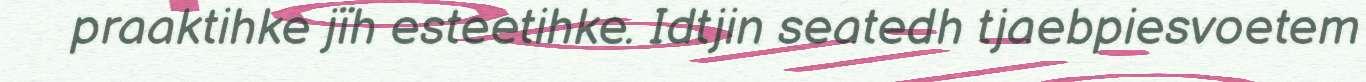
praaktihke jïh esteetihke. Idtjin seatedh tjaebpiesvoetem